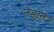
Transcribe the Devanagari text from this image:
नेत्रात